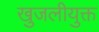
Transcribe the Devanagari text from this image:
खुजलीयुक्त